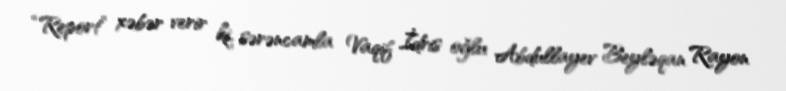
“Report” xəbər verir ki, sərəncamla Vaqif İdris oğlu Abdullayev Beyləqan Rayon